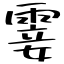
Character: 霎